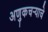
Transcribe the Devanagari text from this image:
अणुकचऱ्याचे